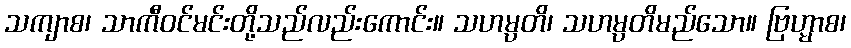
သကျာစ၊ သာကီဝင်မင်းတို့သည်လည်းကောင်း။ သဟမ္ပတိ၊ သဟမ္ပတိမည်သော။ ဗြဟ္မာစ၊